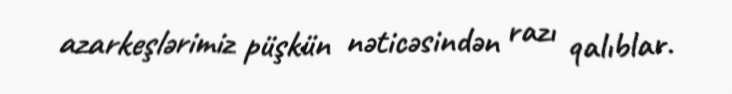
azarkeşlərimiz püşkün nəticəsindən razı qalıblar.